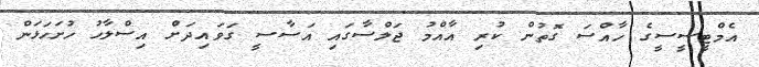
އެމްޓީސީސީގެ ހާއްސަ ގޮތުން ކުރި އާއްމު ޖަލްސާގައި އަސާސީ ގަވައިދަށް އިސްލާހު ހުށަހަޅަން